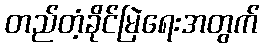
တည်တံ့ခိုင်မြဲရေးအတွက်